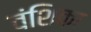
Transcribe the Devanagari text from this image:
वंशिका